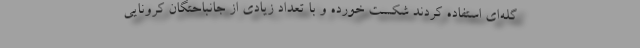
گله‌ای استفاده کردند شکست خورده و با تعداد زیادی از جانباحتگان کرونایی